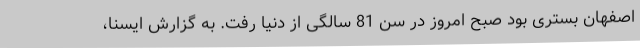
اصفهان بستری بود صبح امروز در سن 81 سالگی از دنیا رفت. به گزارش ایسنا،